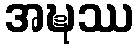
အဍ္ဎဿ